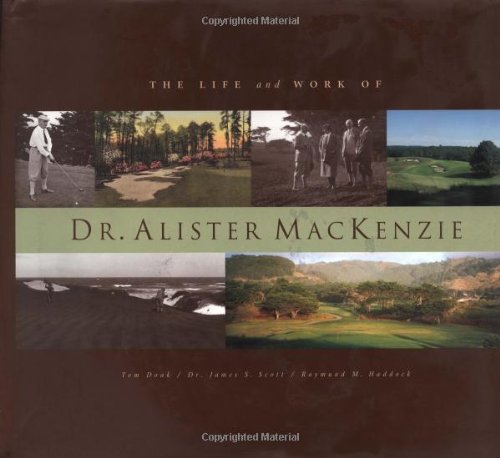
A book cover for The Life and Work of Dr. Alister MacKenzie; Tom Doak; Biographies & Memoirs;